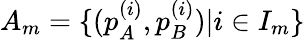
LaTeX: A_{m}=\{ (p_{A}^{(i)},p_{B}^{(i)})|i\in I_{m}\}